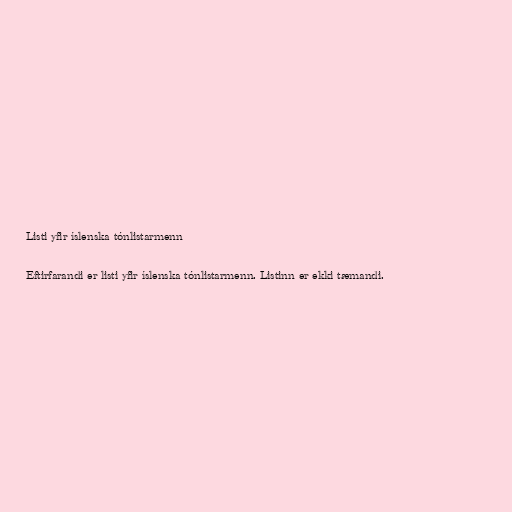
Listi yfir íslenska tónlistarmenn

Eftirfarandi er listi yfir íslenska tónlistarmenn. Listinn er ekki tæmandi.